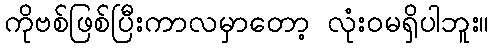
ကိုဗစ်ဖြစ်ပြီးကာလမှာတော့ လုံးဝမရှိပါဘူး။